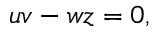
\begin{array} { r } { u v - w z = 0 , } \end{array}